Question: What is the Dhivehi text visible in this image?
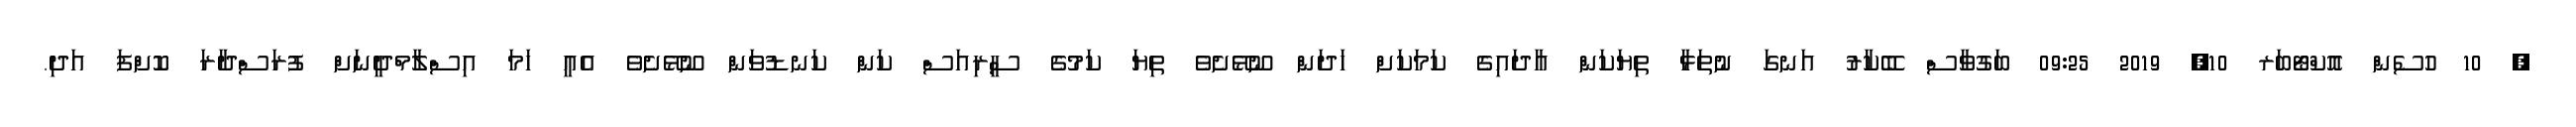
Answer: ? 10 ހުސެން އޮކްޓޯބަރ 10, 2019 09:25 ބަގުވާސް ބޭކާރު އަނގަ ނުތަޅާ ތިޔަކަން އާދައިގެ ކަމަކަށް ހަދަން ނޫޅޭށެވެ ތިޔަ ކަމުގެ ސީރިއަސް ކަން ކަނޑުވަން ނޫޅޭށެވެ އެއީ ހަމަ އިސްލާމްދީނަށް ފުރަސްދާރަ ކޮށްފަ އަދި.